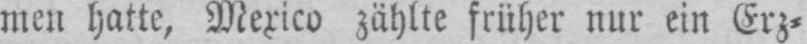
men hatte, Mexico zählte früher nur ein Erz⸗